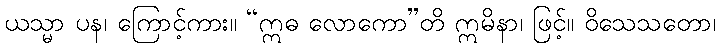
ယသ္မာ ပန၊ ကြောင့်ကား။ “ဣဓ လောကော”တိ ဣမိနာ၊ ဖြင့်။ ဝိသေသတော၊